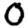
Digit: 0